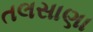
તલસાણા